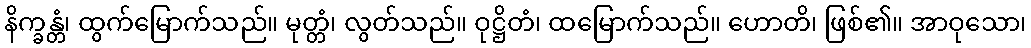
နိက္ခန္တံ၊ ထွက်မြောက်သည်။ မုတ္တံ၊ လွတ်သည်။ ဝုဋ္ဌိတံ၊ ထမြောက်သည်။ ဟောတိ၊ ဖြစ်၏။ အာဝုသော၊